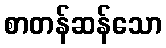
စာတန်ဆန်သော